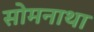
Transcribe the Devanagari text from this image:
सोमनाथा